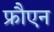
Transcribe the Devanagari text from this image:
फ्रौएन